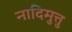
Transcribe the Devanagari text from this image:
नादिमुत्तु